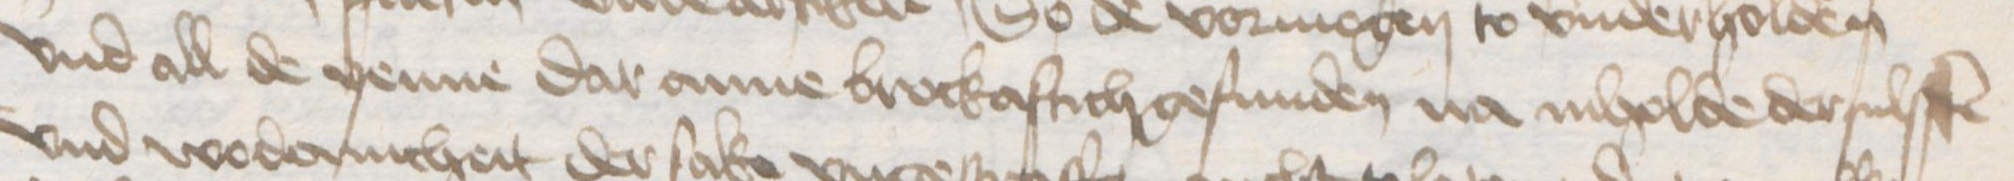
vnd all de yenne dar anne brockaftich gefunden na inholde dersulffen